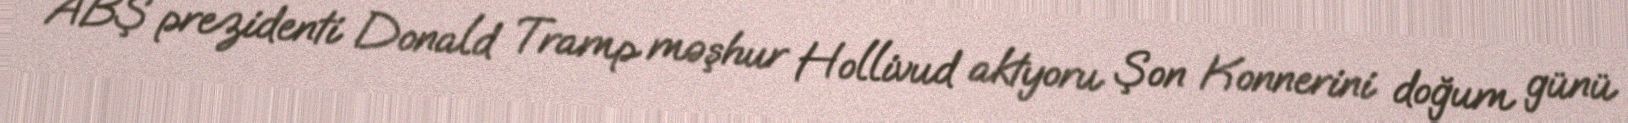
ABŞ prezidenti Donald Tramp məşhur Hollivud aktyoru Şon Konnerini doğum günü